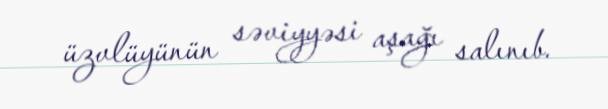
üzvlüyünün səviyyəsi aşağı salınıb.